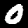
Digit: 0